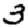
Digit: 3